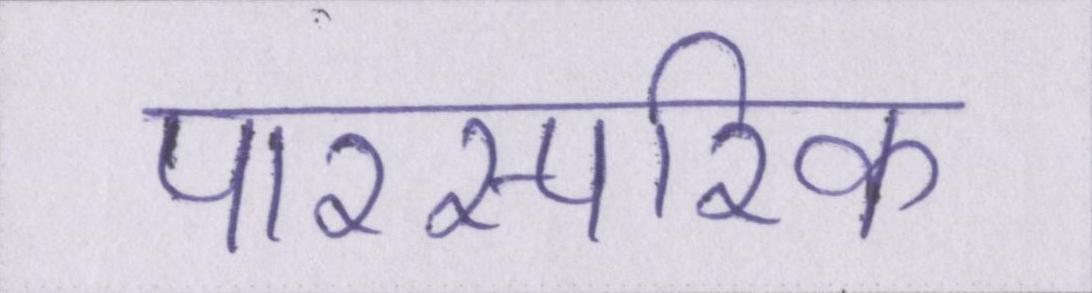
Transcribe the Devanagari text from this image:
पारस्परिक